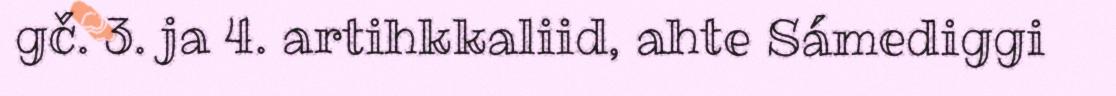
gč. 3. ja 4. artihkkaliid, ahte Sámediggi